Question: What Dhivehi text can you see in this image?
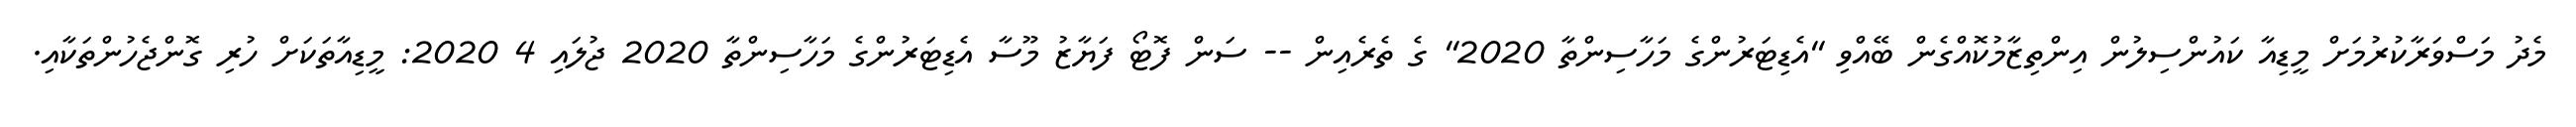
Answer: މެދު މަސްވަރާކުރުމަށް މީޑިއާ ކައުންސިލުން އިންތިޒާމުކޮއްގެން ބޭއްވި "އެޑިޓަރުންގެ މަހާސިންތާ 2020" ގެ ތެރެއިން -- ސަން ފޮޓޯ ފަޔާޒު މޫސާ އެޑިޓަރުންގެ މަހާސިންތާ 2020 ޖުލައި 4 2020: މީޑިއާތަކަށް ހުރި ގޮންޖެހުންތަކާއި.